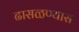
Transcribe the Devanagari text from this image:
ढासळण्यास